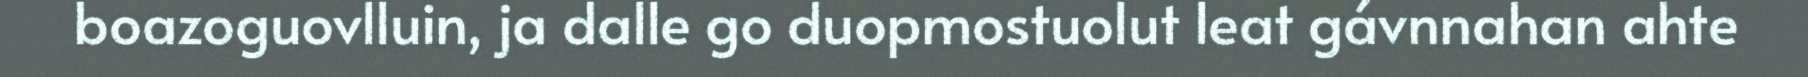
boazoguovlluin, ja dalle go duopmostuolut leat gávnnahan ahte